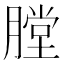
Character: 膛